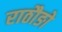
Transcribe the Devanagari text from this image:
राठौङो